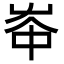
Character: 𡴑